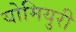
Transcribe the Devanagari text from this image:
योमियुरी